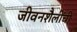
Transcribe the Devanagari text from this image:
जीवनशैलींची